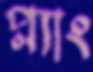
প্ল্যাং